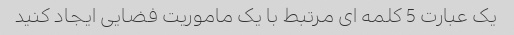
یک عبارت 5 کلمه ای مرتبط با یک ماموریت فضایی ایجاد کنید